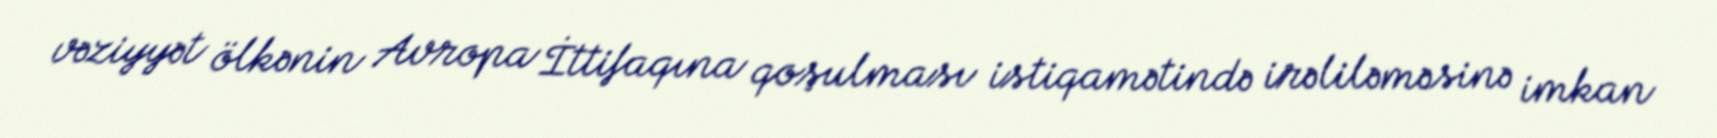
vəziyyət ölkənin Avropa İttifaqına qoşulması istiqamətində irəliləməsinə imkan